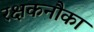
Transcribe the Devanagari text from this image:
रक्षकनौका